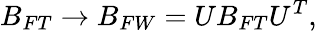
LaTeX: B_{FT}\rightarrow B_{FW}=UB_{FT}U^{T},